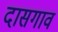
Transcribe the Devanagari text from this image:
दासगाव